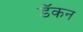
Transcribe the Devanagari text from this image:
डॅकन